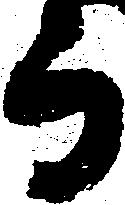
而